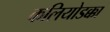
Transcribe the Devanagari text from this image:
कलियोडक्का